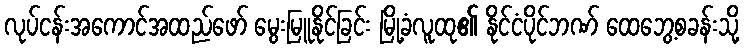
လုပ်ငန်းအကောင်အထည်ဖော် မွေးမြူနိုင်ခြင်း မြို့ခံလူထု၏ နိုင်ငံပိုင်ဘဏ် ထေဘွေ့စခန်းသို့